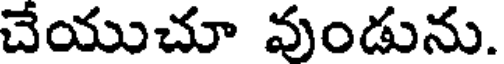
చేయుచూ వుండును.